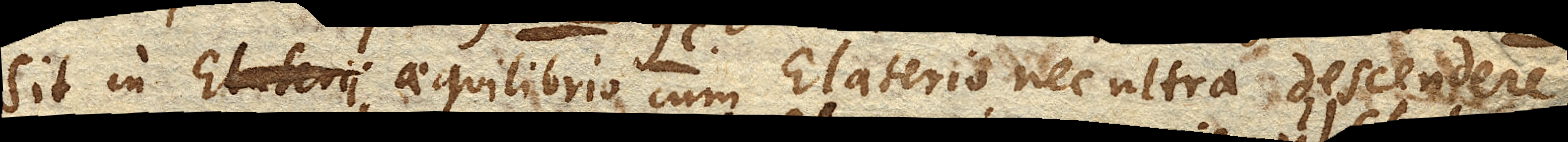
sit in aequilibrio cum Elaterio nec ultra descendere